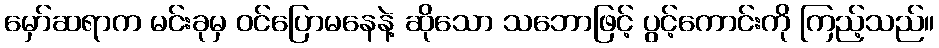
မှော်ဆရာက မင်းခုမှ ဝင်ပြောမနေနဲ့ ဆိုသော သဘောဖြင့် ပွင့်ကောင်းကို ကြည့်သည်။